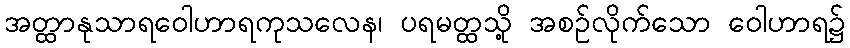
အတ္ထာနုသာရဝေါဟာရကုသလေန၊ ပရမတ္ထသို့ အစဉ်လိုက်သော ဝေါဟာရ၌